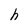
Character: h